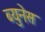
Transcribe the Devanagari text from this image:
ब्युनेस